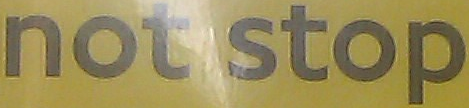
not stop